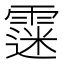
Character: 𩄲